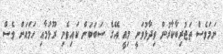
ނަމަވެސް ތަޖުރިބާކާރުން ވިދާޅުވަނީ މިއީ އޭގެ ސަަބަބަން ކައިވެނި ރޫޅުމާއި ހަމައަށް ވެސް